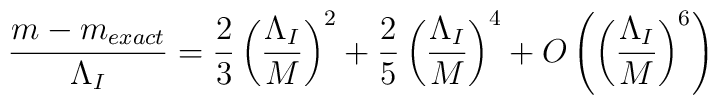
\frac {m-m_{exact}}{\Lambda_I}=\frac {2}{3}\left( \frac {\Lambda_I}{M}\right)^2+\frac {2}{5}\left( \frac {\Lambda_I}{M}\right)^4+O\left( \left( \frac{\Lambda_I}{M}\right)^6 \right)